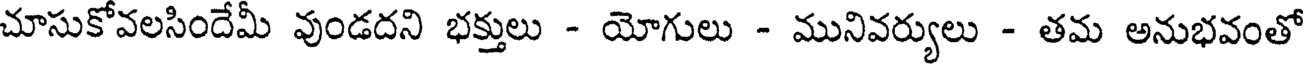
చూసుకోవలసిందేమీ వుండదని భక్తులు - యోగులు - మునివర్యులు - తమ అనుభవంతో